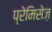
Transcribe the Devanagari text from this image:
प्रेमिसेज़